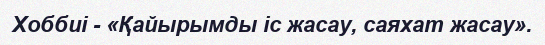
Хоббиі - «Қайырымды іс жасау, саяхат жасау».